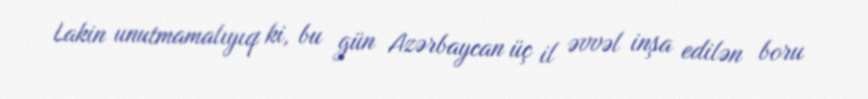
Lakin unutmamalıyıq ki, bu gün Azərbaycan üç il əvvəl inşa edilən boru